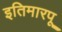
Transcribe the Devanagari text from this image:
इतिमारपू